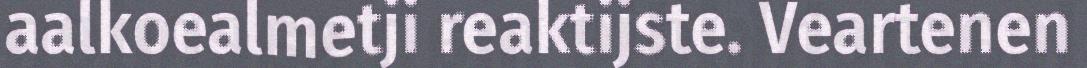
aalkoealmetji reaktijste. Veartenen